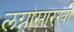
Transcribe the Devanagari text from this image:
लग्नासारखी